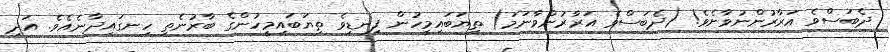
ދެބަސްވެ އަރާރުންނުވާށެވެ! (ދެބަސްވެ އަރާރުންވާނަމަ) ތިޔަބައިމީހުން ފިނޑިވެ ތިޔަބައިމީހުންގެ ބާރުނެތި ހިނގައިދާނެއެވެ. އަދި